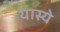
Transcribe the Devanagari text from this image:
यास्ये